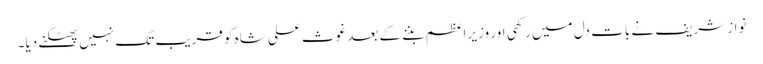
نواز شریف نے بات دل میں رکھی اور وزیر اعظم بننے کے بعد غوث علی شاہ کو قریب تک نہیں پھٹکنے دیا۔